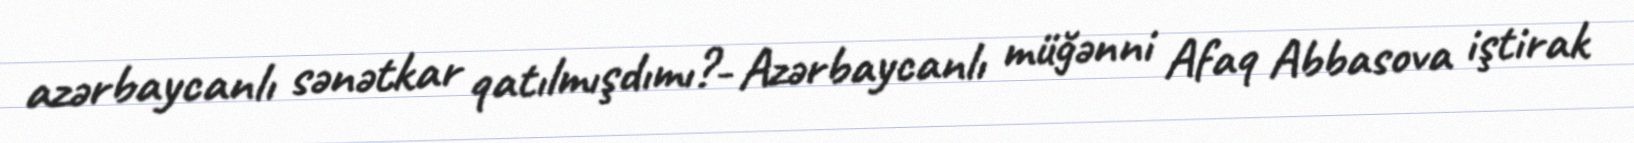
azərbaycanlı sənətkar qatılmışdımı?- Azərbaycanlı müğənni Afaq Abbasova iştirak